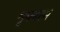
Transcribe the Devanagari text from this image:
शृनगरम